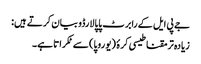
جے پی ایل کے رابرٹ پاپالارڈو بیان کرتے ہیں:
زیادہ تر مقناطیسی کرۂ (یوروپا) سے ٹکراتا ہے۔